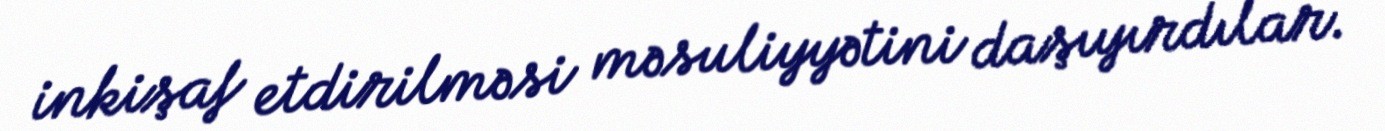
inkişaf etdirilməsi məsuliyyətini daşıyırdılar.